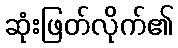
ဆုံးဖြတ်လိုက်၏